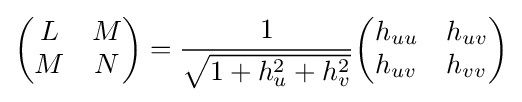
{\begin{pmatrix}L&M\\M&N\end{pmatrix}}={\frac {1}{\sqrt {1+h_{u}^{2}+h_{v}^{2}}}}{\begin{pmatrix}h_{uu}&h_{uv}\\h_{uv}&h_{vv}\end{pmatrix}}